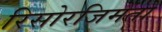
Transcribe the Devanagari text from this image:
रिसोरजिमेंतो